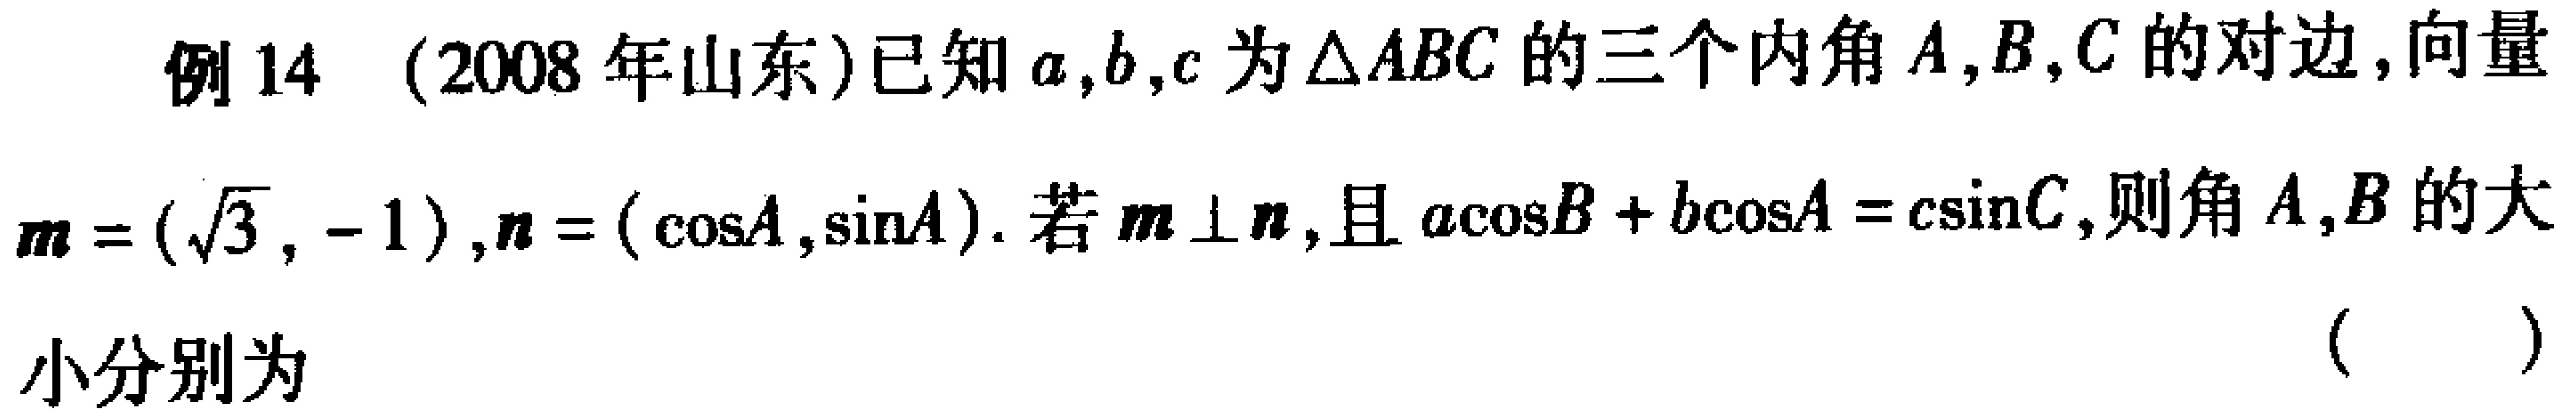
例14（2008年山东）已知\(a,b,c\)为\(\triangle ABC\)的三个内角\(A,B,C\)的对边，向量\(\boldsymbol{m}=(\sqrt{3}, - 1)\)，\(\boldsymbol{n}=(\cos A,\sin A)\)。若\(\boldsymbol{m}\perp\boldsymbol{n}\)，且\(a\cos B + b\cos A = c\sin C\)，则角\(A,B\)的大小分别为 （  ）